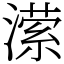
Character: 潆